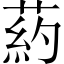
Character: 葯